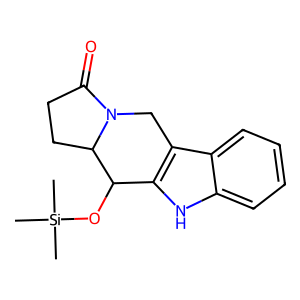
SMILES: C[Si](C)(C)OC1c2[nH]c3ccccc3c2CN2C(=O)CCC12
Inhibits HIV replication: No